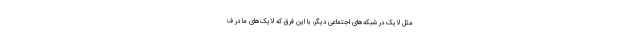
مثل لایک در شبکه‌های اجتماعی دیگر، با این فرق که لایک‌های ما در ف